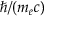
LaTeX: \hbar / ( m _ { e } c )